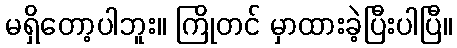
မရှိတော့ပါဘူး။ ကြိုတင် မှာထားခဲ့ပြီးပါပြီ။